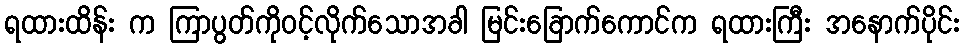
ရထားထိန်း က ကြာပွတ်ကိုဝင့်လိုက်သောအခါ မြင်းခြောက်ကောင်က ရထားကြီး အနောက်ပိုင်း